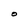
Character: O